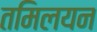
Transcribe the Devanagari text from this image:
तमिलयन